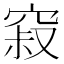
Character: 𰩒